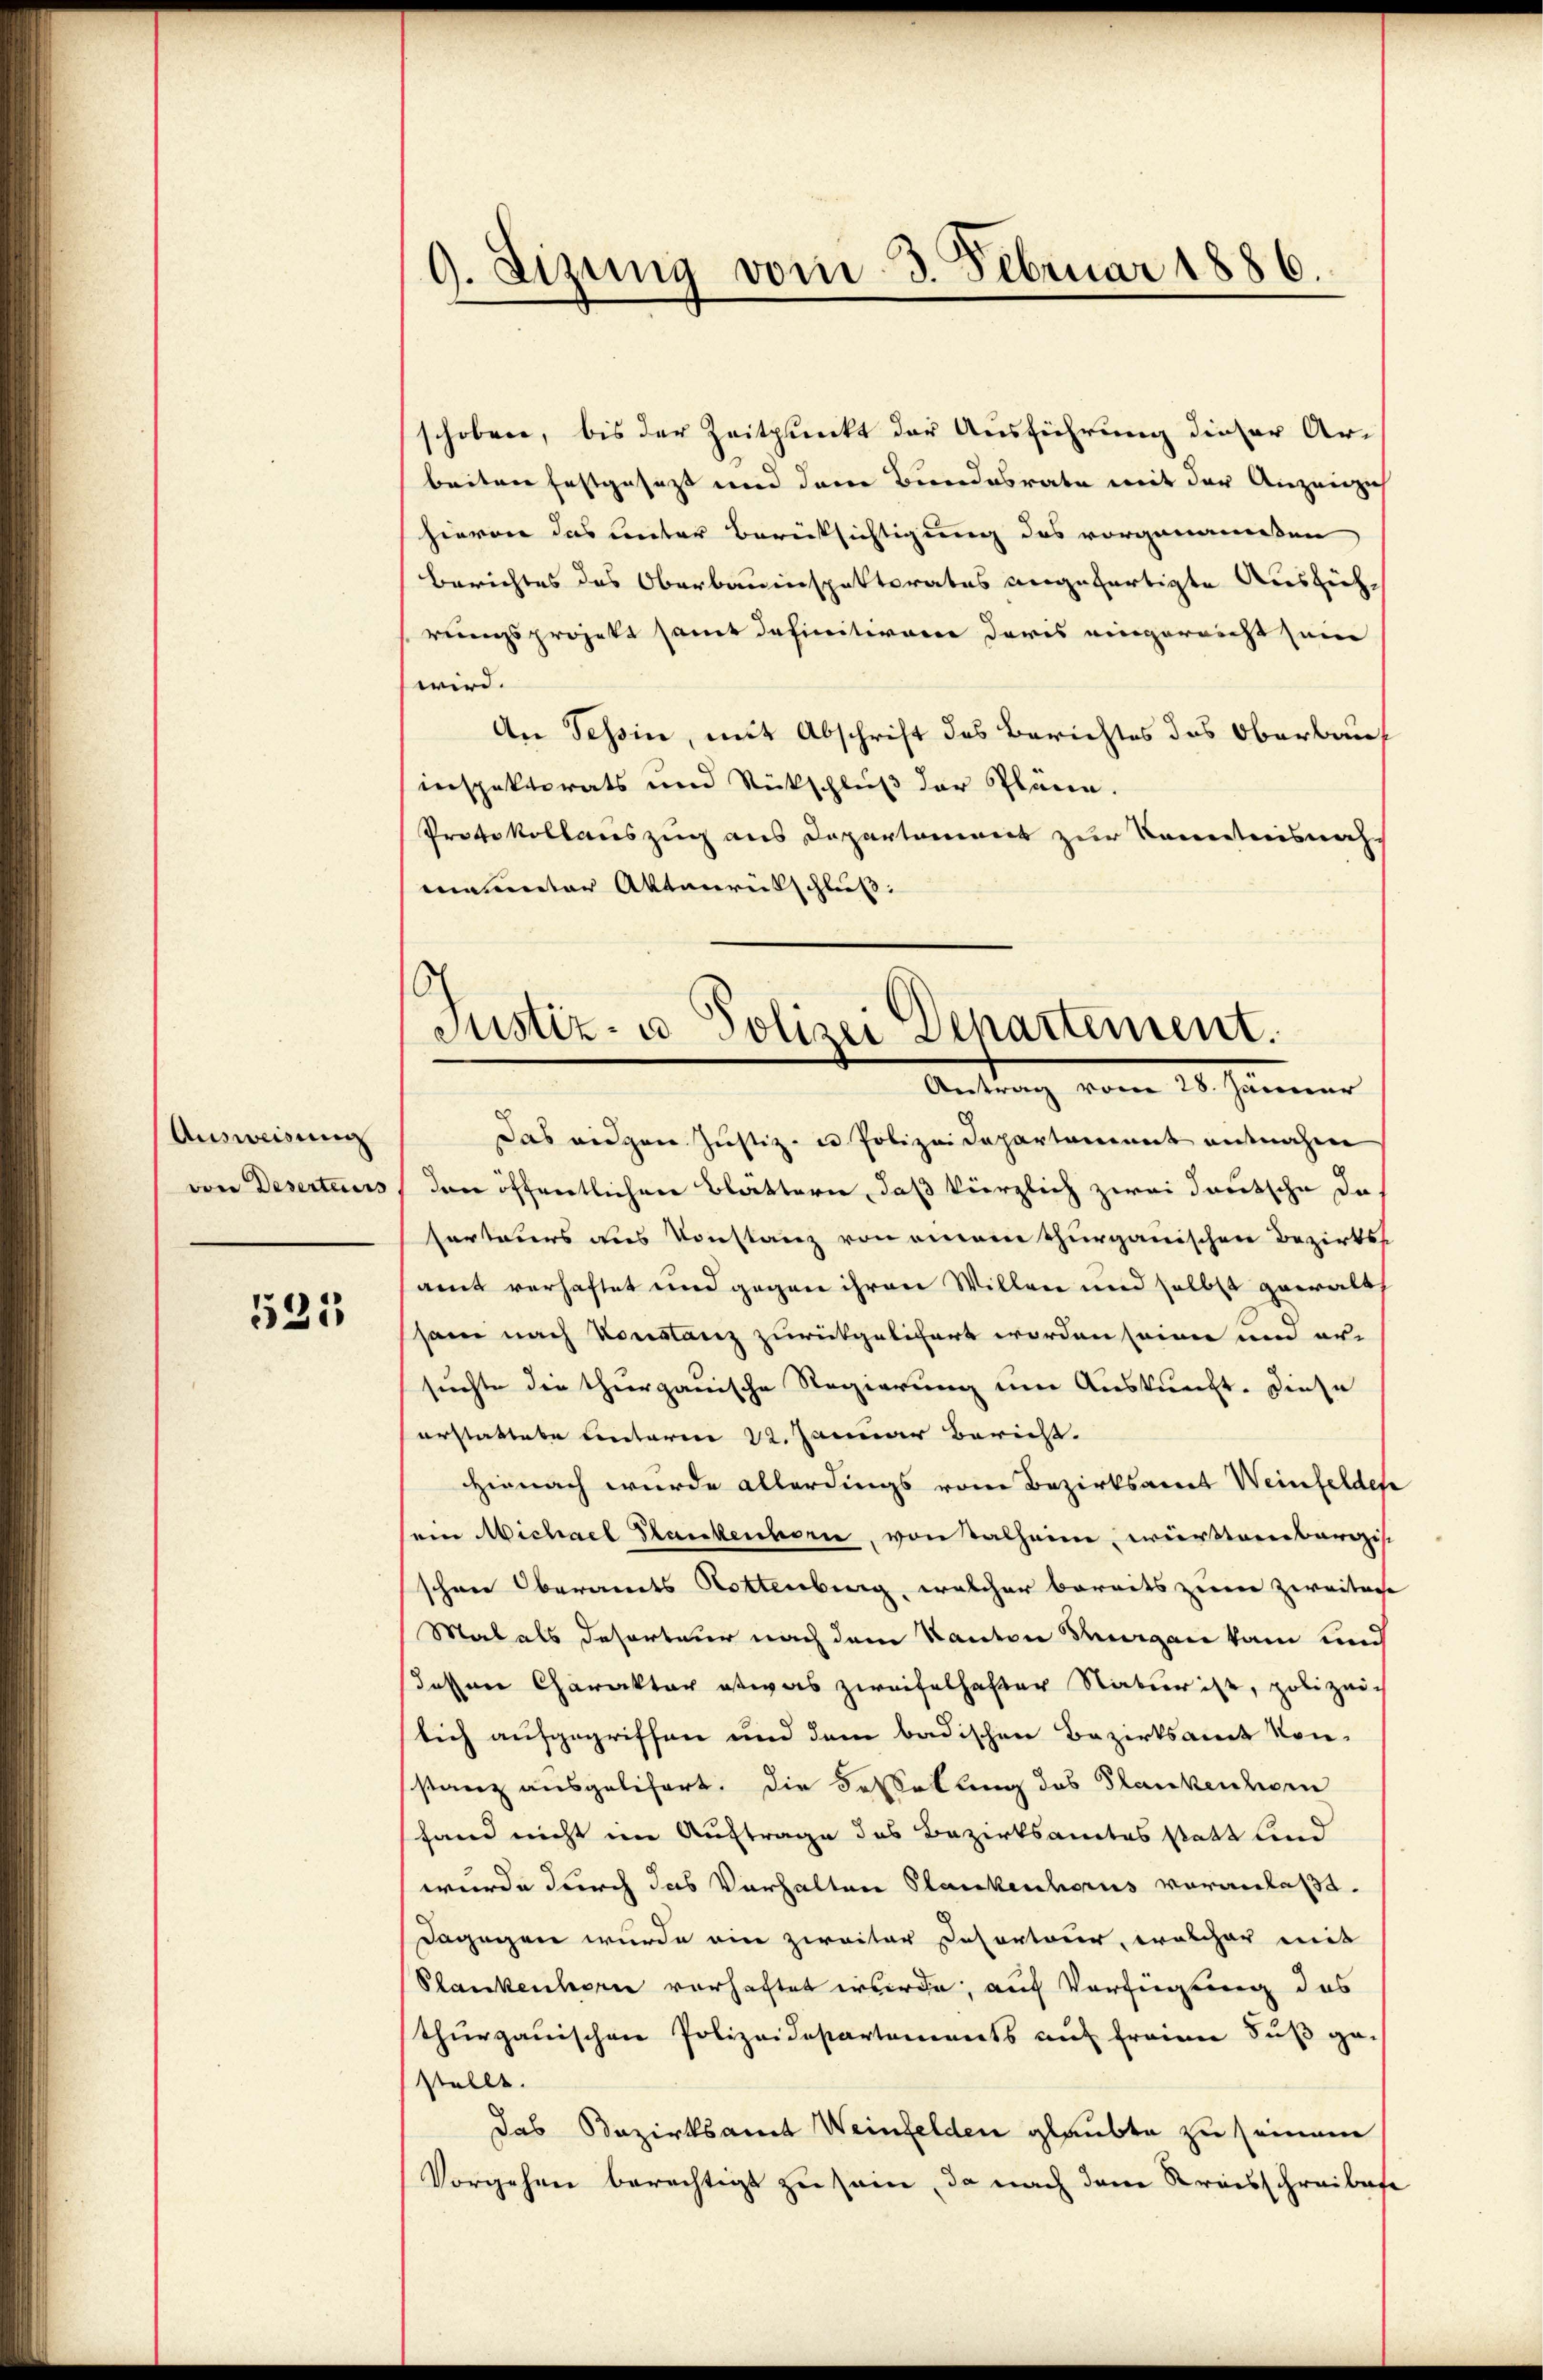
Ausweisung
von Deserteurs

521

9. Sizung vom 3. Februar 1886.

Justiz- u. Polizei Departement.
Antrag vom 28. Jänner

schoben, bis der Zeitpunkt der Ausführung dieser Ar-
beiten festgesezt und dem Bundesrate mit der Anzeich
hievon das unter Berücksichtigung des vorgenannten
Berichtes des Oberbauinspektorates angefertigte Ausführungsprojekt samt definitiven daris eingereicht sein
wird.
An Tessin, mit Abschrift des Berichtes des Oberkauf
inspektorats und Rückschluß der Pläne.
Protokollauszug aus Departement zur Kenntnisnahmainter Aktenrütschluß:
das eidgen Justiz- u Polizeidepartement entnahme
der öffentlichen Blattern, daß kürzlich zwei Deutsche da
serteurs aus Konstanz von einem Thurgauischen Bezirkss
samt verhaftet und gegen ihren Willen und selbst gewalt
sam nach Vorstanz zurückgelichert worden seinen und er-
suchte die thiergauische Regierung um Auskunft. Diese
erstattete Centerm 22. Januar bericht.
Hienach wurde allerdings von Bezirksamt Weinfelden
sein Michael Stankenhorn, von Kalheim, wurdenbergisc
schnee Oberamts Rottenberg, welcher bereits zum Zweitere
Mal als desorteur nach dem Kanton Segen kam und
dessen Charakter etwas zweifelhafter Natur ist, polizeic
lich aufgegriffen und dem badischen Bezirksamt Kon-
stanz ausgelisert, die Besselung des Plankenhorn
fand nicht im Auftrage des Bezirksamtes statt find
wurde durch das Vorhalten Plankenhorus veranlaßt.
dagegen wurde ein zweiter Desorteur, welcher mit
Plankenhorn vorhaftet werde, auf Verfügung das
thurgauischen Polizeidepartements auf freien Fuß ge-
stellt.
das Bezirksamt Weinfelden glaubte zu seinem
Vorgehen berechtigt zu sei, da nach dem Kreisschreibese